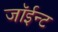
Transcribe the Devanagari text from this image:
जॉईन्ट